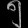
Digit: ၅